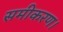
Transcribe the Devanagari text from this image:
समीकरण।